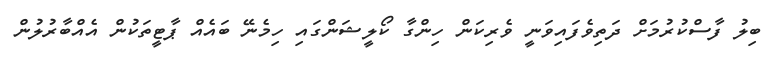
ބިލު ފާސްކުރުމަށް ދަތިވެފައިވަނީ ވެރިކަން ހިންގާ ކޯލީޝަންގައި ހިމެނޭ ބައެއް ޕާޓީތަކުން އެއްބާރުލުުން